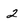
Character: 2